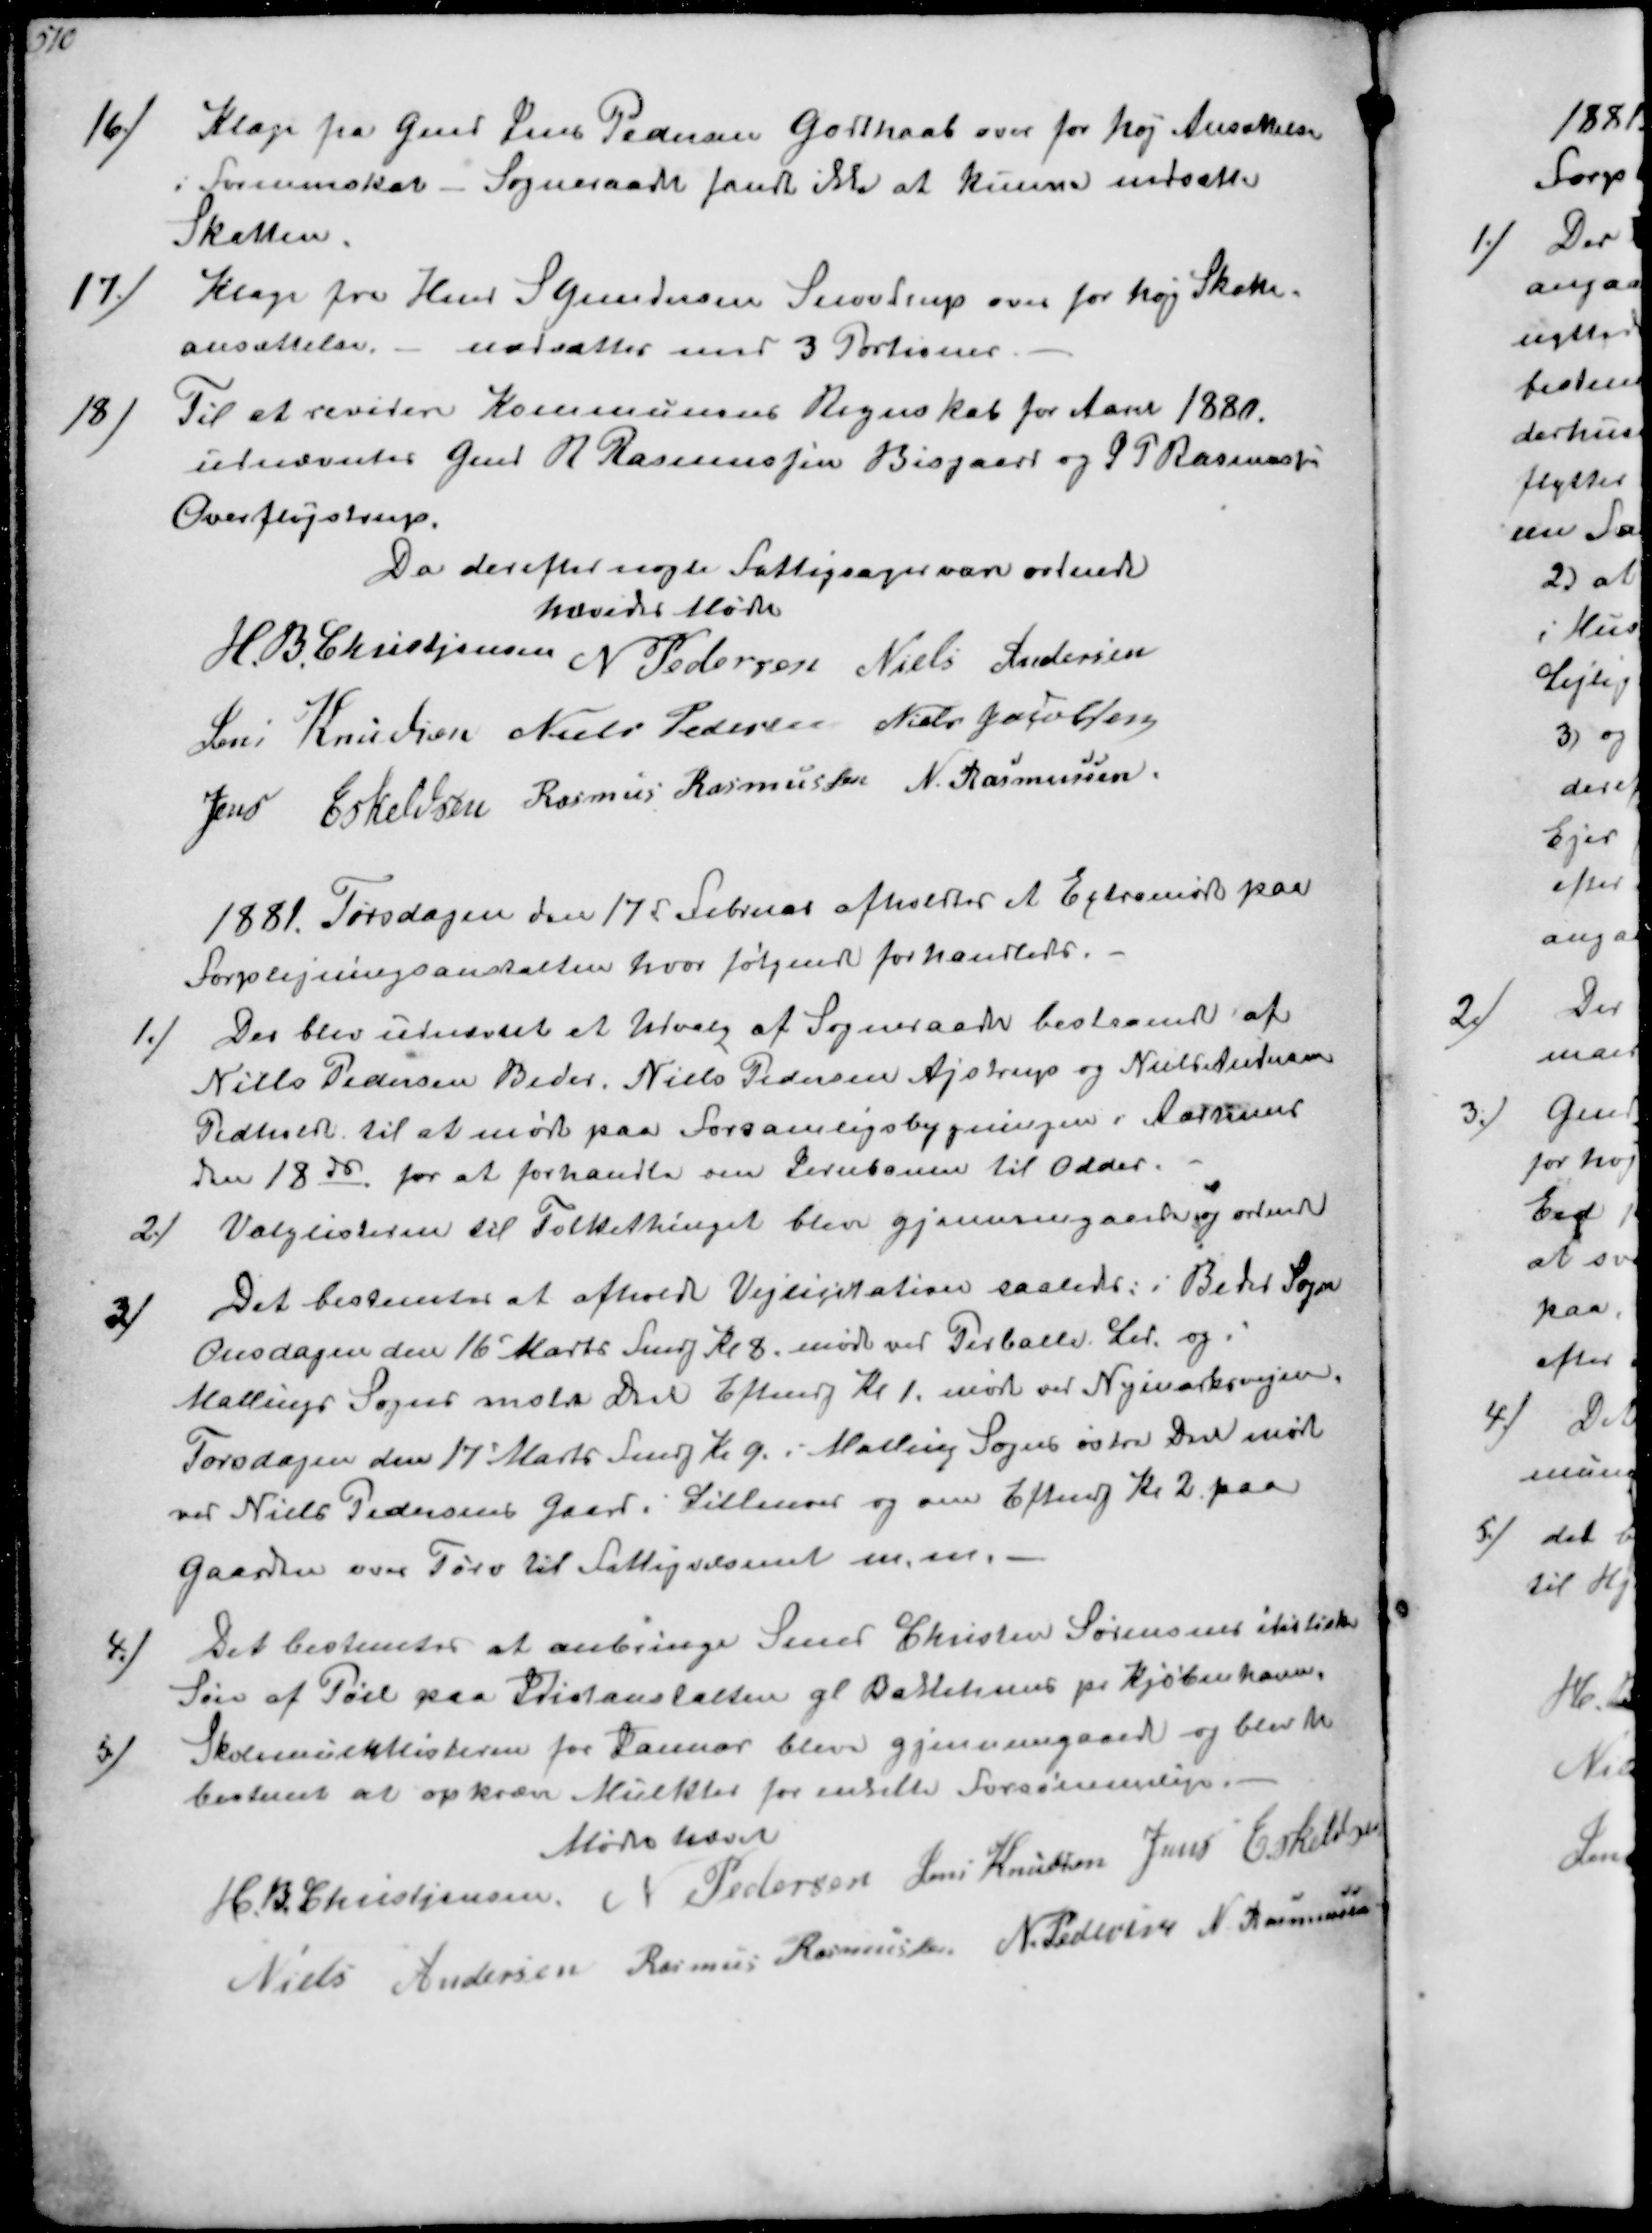
Transskription:
16/
Klage fra Gmd Jens Pedersen Godthaab over for høj Ansættelse
i formueskat - Sogneraadet fandt ikke at kunne nedsætte
Skatten.
17/
Klage fra Hmd s Gundersen Snovdrup over for høj Skatte-
ansættelse - nedsættes med 3 Portioner.
18/
Til at revidere Kommunens Regnskab for Aaret 1880
udnævntes Gmd R Rasmussen Bisgaard og S P Rasmussen
Overfløjstrup.
Da derefter nogte Fattigsager var ordnede
hævedes Møde
H. B. Christjansen
N Pedersen
Niels Andersen
Jens Knudsen
Niels Pedersen
Niels Jacolsen
Jens Eskeldsen
Rasmus Rasmussen
N. Rasmussen

1881 Torsdagen den 17d Februar afholdtes et Extramøde paa
Forplejningsanstalten hvor følgende forhandledes.
1/
Der blev udnævnt et Udvalg af Sogneraadet bestaaende af
Niels Pedersen Beder Niels Pedersen Ajstrup og Niels Andersen
Pedholdt til at møde paa Forsamligsbygningen i Aarhus
den 18de for at forhandle om Jernbanen til Odder.
2/
Valglisterne til Folkethinget blev gjennemgaaede og ordnede
3/
Det bestemtes at afholdte Vejlicitation saaledes: i Bedet Sogn
Onsdagen den 16' Marts Fmdg Kl 8 møde ved Perballe Led og i
Mallings Sogns vestre Del Eftmdg Kl 1. møde ved Nymarksvejen.
Torsdagen den 17' Marts Fmdg K 9. i Malling Sogns østre Del møde
ved Niels Pedersens Gaard i Lillenor og om Eftmdg Kl 2 paa
gaarden over Tørv til Fattigvæsenet m.m.
4/
Det bestemtes at anbringe Smed Christen Sørensens idiotiske
Søn af Pøel paa Idiotanstalten gl Bakkehuus pr Kjøbenhavn.
5/
Skolemulktlisterne for Januar bleve gjennemgaaede og blev 
bestemt at opkræve Mulkter for enkelte Forsømmelige
Mødet hævet
H. B Christjansen
N Pedersen
Jens Knudsen
Jens Eskelsen
Niels Andersen
Rasmus Rasmussen
N. Pedersen
N Rasmussen